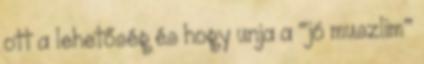
ott a lehetőség és hogy unja a "jó muszlim"